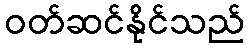
ဝတ်ဆင်နိုင်သည်